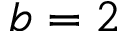
b = 2